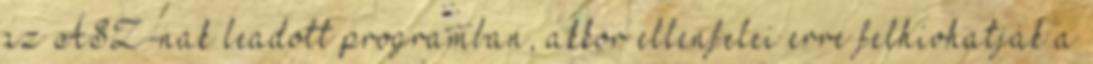
az ÁSZ-nak leadott programban, akkor ellenfelei erre felhívhatják a